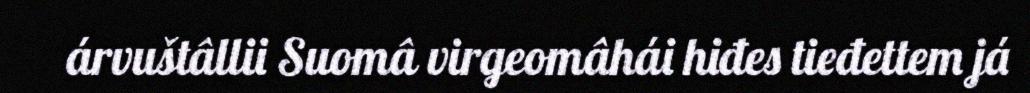
árvuštâllii Suomâ virgeomâhái hiđes tieđettem já